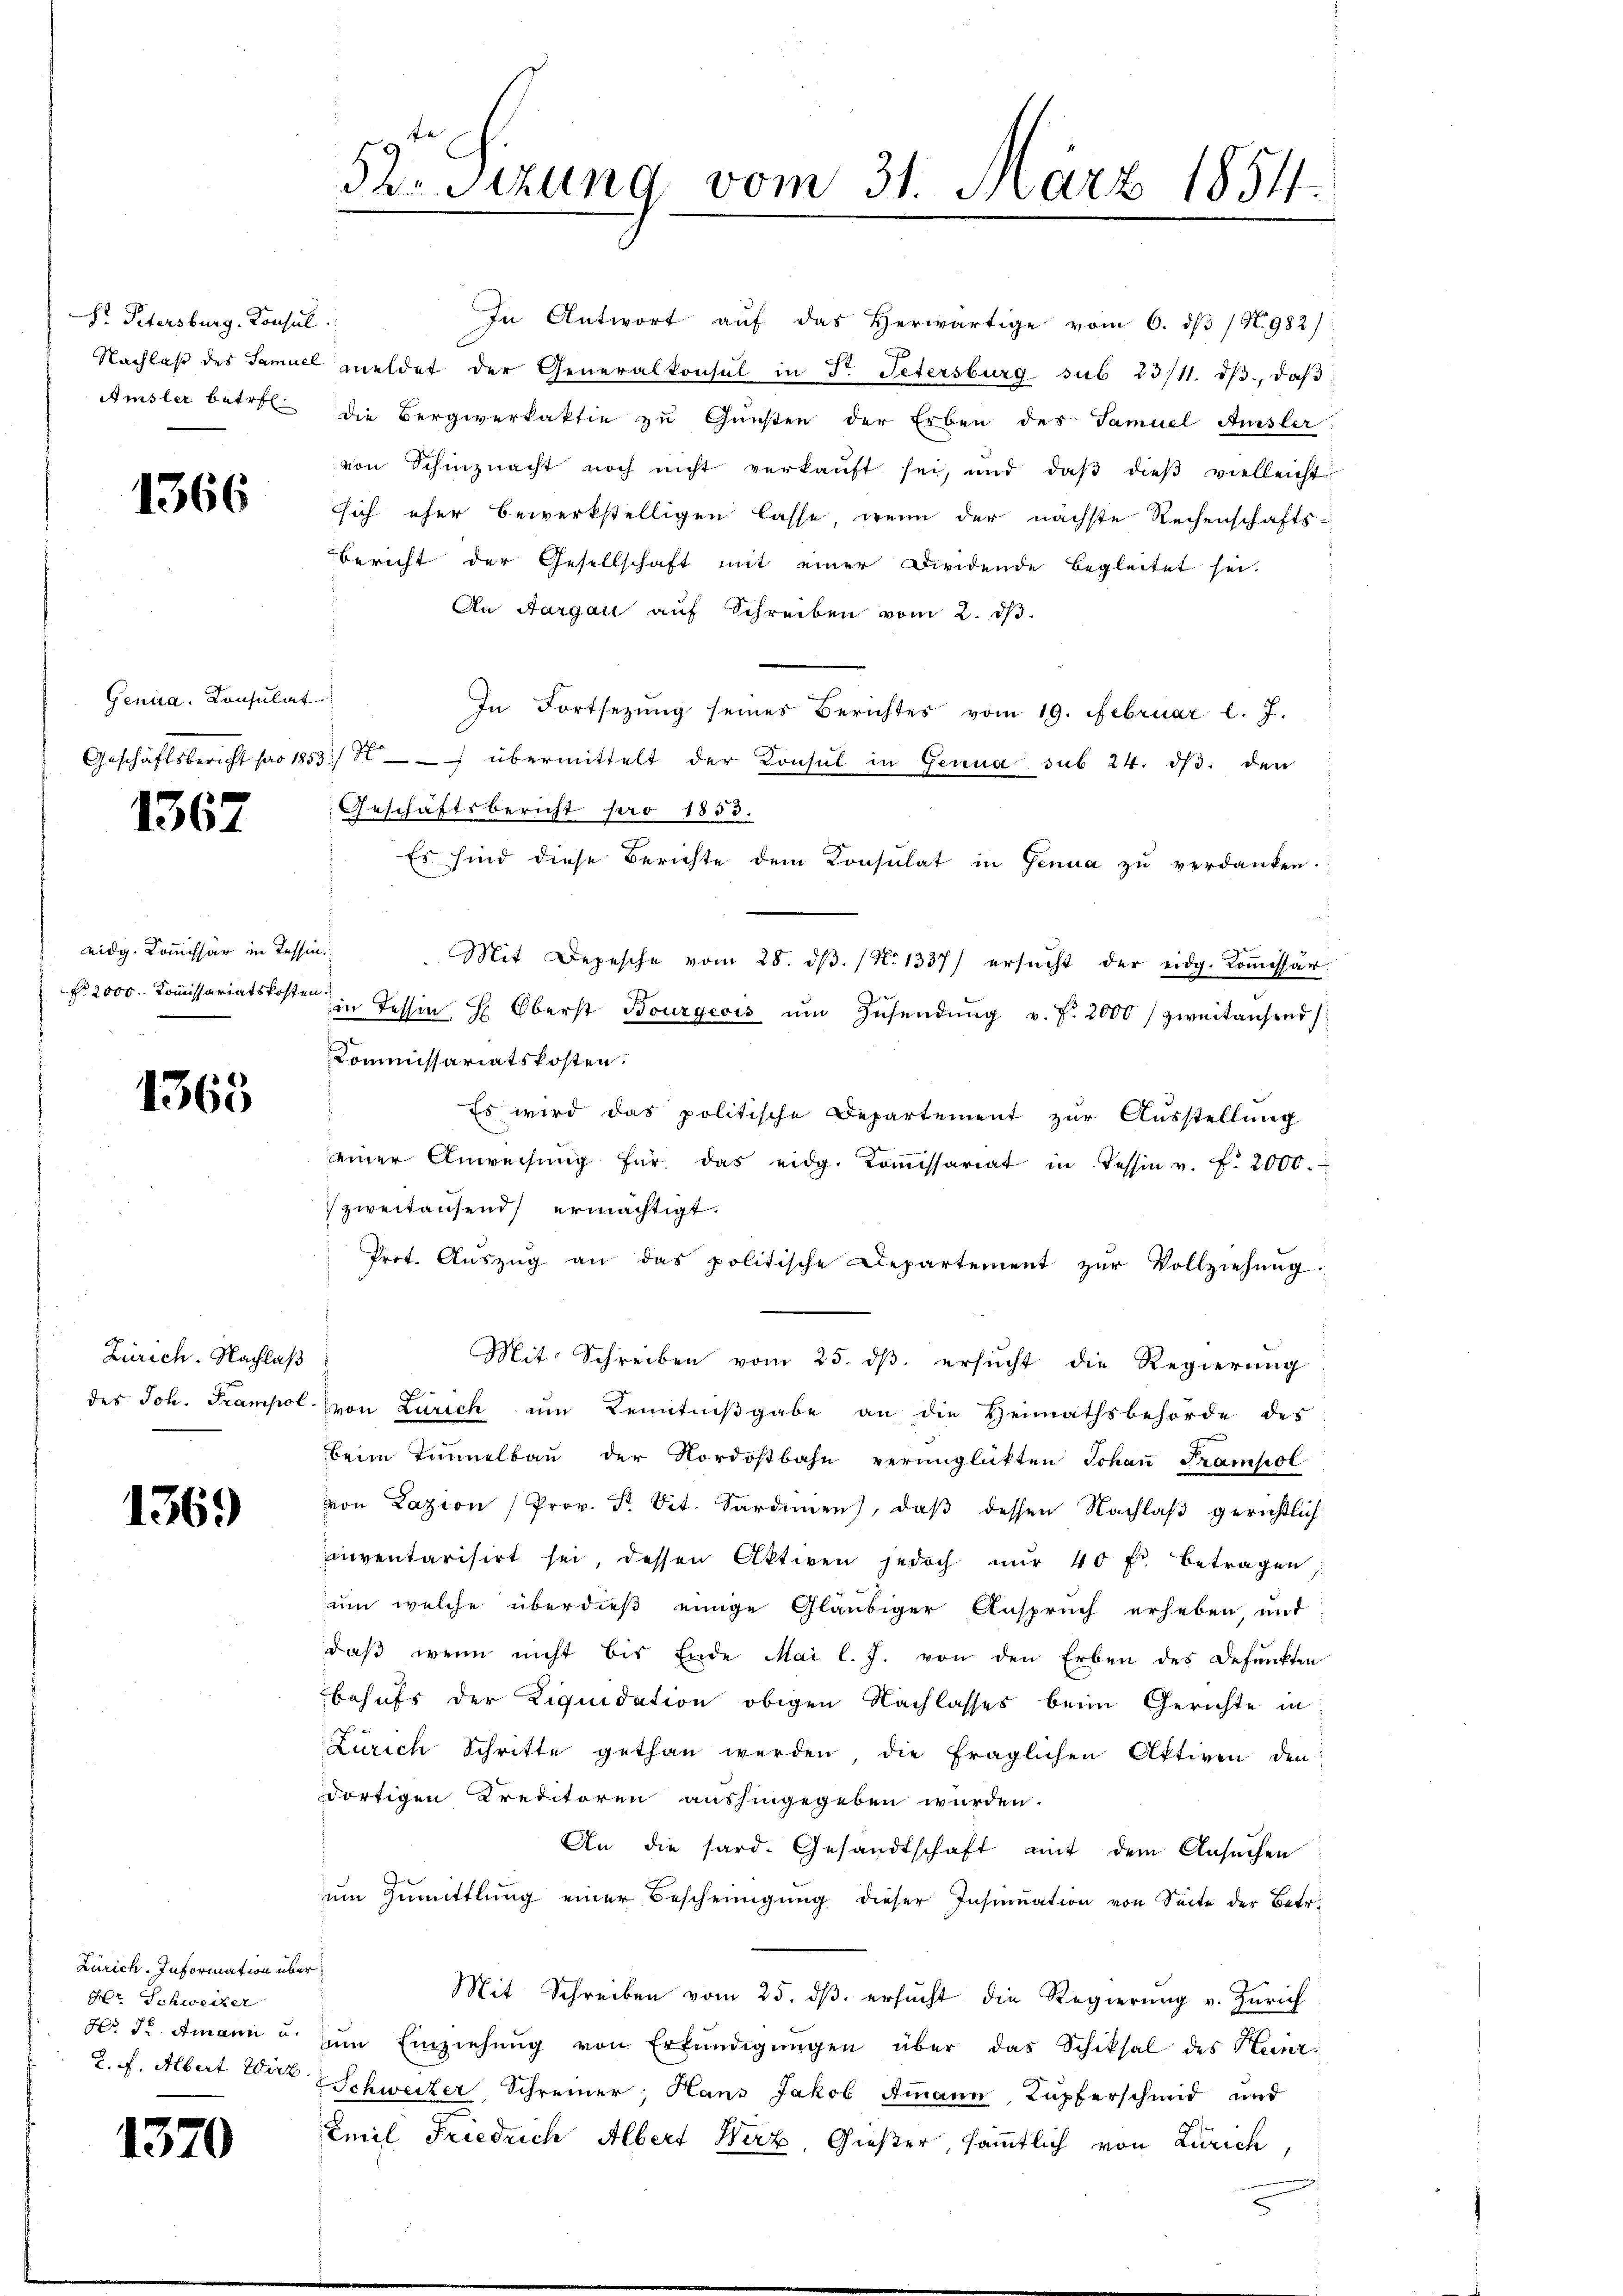
Dr. Petersburg. Konsul
Amsler betr.

1366

Genua, Consulat

1367

eidg. Kommissär in Tessin.

1365

Zürich. Nachlaß
des Joh. Trampol

1369

Zürich. Information über
Hr. Schweizer
No St. Amann u.
L. f. Albert Wirt

1370

52. Sezung vom 31. März 1854.

In Antwort auf das Herwärtige vom 6. ds / N. 982):
Nachlaß des Samuel meldet der Generalkonsul in Dr. Petersburg sub 23/11. dβ., daß
die Bergiverfaktie zŭ Gŭnsten der Erben des Samuel Amsler
von Schinznacht noch nicht verkaŭft sei, und daβ dieβ vielleicht
sich eher bewerkstelligen lasse, wenn der nächste Rechenschafts¬
Bericht der Gesellschaft mit einer Dirdende Begleitet sei.
An Aargau auf Schreiben vom 2. dβ.
In Fortsetzŭng seines Berichtes vom 19. Februar l. J.
Geschäftsbericht pro 1853 :/ übermittelt der Konsul in Genua sub 24. dβ. den
Geschäftsbericht pro 1853.
Es sind diese Berichte dem Konsulat in Genua zu verdanken.
Mit Depesche vom 28. dβ. (N. 1337) ersŭcht der eidg. Koṁissär
Fr. 2000. Kommissariatskosten in Tessin, H. Oberst Bourgeois ŭm Zŭsendŭng v. J. 2000) zweitansend
Kommissariatskosten.
Es wird das politische Departement zur Ausstellung
einer Anweisŭng für das eidg. Koṁissariat in Tessin u. f. 2000.
zweitausend ermächtigt.
Prot. Aŭszŭg an das politische Departement zŭr Vollziehŭng
Mit Schreiben vom 25. dβ. ersŭcht die Regierŭng
von Zürich um Kenntniβgabe an die Heimathsbehörde des
beim Tunnelbaŭ der Nordostbahn verunglückten Johaṅ Frampol
von Lazion (Prov. Fr. Tit. Sardinen, daβ dessen Nachlaβ gerichtlich
inventarisirt sei, dessen Aktien jedoch nŭr 40 f. betragen
um welche überdieß einige Gläubiger Anspruch erheben, und
daß wenn nicht bis Ende Mai l. J. von den Erben des Defunkten
behufs der Liquidation obigen Nachlasses beim Gerichte in
Zürich Schritte gethan werden die fraglichen Aktiven den
dortigen Kreditoren aushingegeben würden.
An die sard. Gesandtschaft mit dem Ansuchen
ŭm Zŭmittlung einer Bescheinigŭng dieser Insinuation von Seite der Betr.
Mit Schreiben vom 25. dβ ersŭcht die Regierŭng v. Zürich
am Einziehŭng von Erfündigŭngen über das Schiksal des Heinr
Schweizer, Schreiner, Hans Jakob Ammann Kupferschmid und
Emil Friedrich Albert Wirz, Gießer, sämmtlich von Zürich,